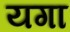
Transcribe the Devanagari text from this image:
यगा